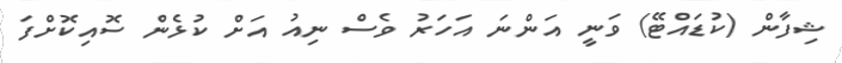
ޝިފާން (ކުޑައްޓޭ) ވަނީ އަންނަ އަހަރު ވެސް ނިއު އަށް ކުޅެން ސޮއިކޮށްފަ